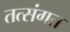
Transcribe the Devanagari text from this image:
तत्संगत